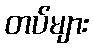
တပ်များ